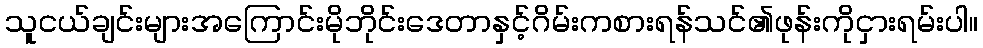
သူငယ်ချင်းများအကြောင်းမိုဘိုင်းဒေတာနှင့်ဂိမ်းကစားရန်သင်၏ဖုန်းကိုငှားရမ်းပါ။